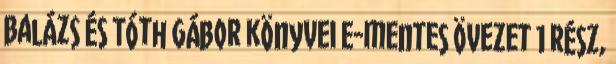
Balázs és Tóth Gábor könyvei E-mentes övezet 1 rész,